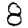
Digit: 8